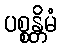
ပစ္စန္တိမံ